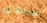
سيدي